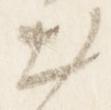
出